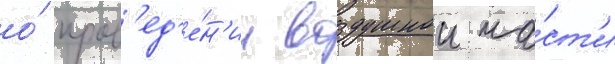
о́ пров'ед'е́н'ии воздушнои ча́ст'и